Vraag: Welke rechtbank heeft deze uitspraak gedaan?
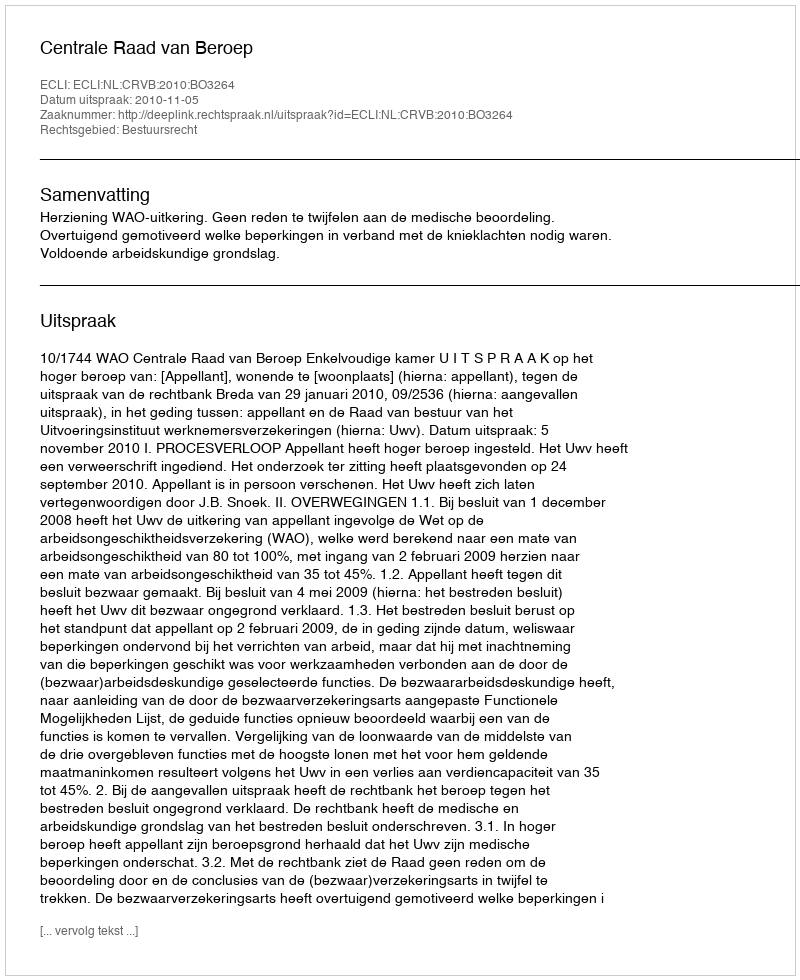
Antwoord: Centrale Raad van Beroep